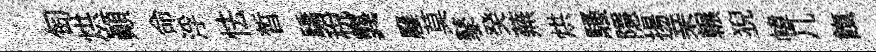
匋烘顛命浮怯晳驕稅龔廱莫鼕癸蕪烘騷隱揚亲輾猊幃几餼